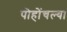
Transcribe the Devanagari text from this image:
पोहोंचल्या